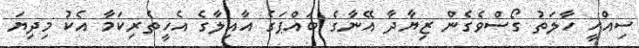
ސިއްހީ ހާލަތު ގޯސްވެގެން ޒިޔާދާ އޭނާގެ ބައްޕަގެ އާއިލާގެ އެހީތެރިކަމާ އެކު މިދިޔަ